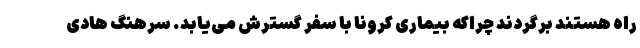
راه هستند برگردند چراکه بیماری کرونا با سفر گسترش می‌یابد. سرهنگ هادی